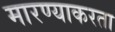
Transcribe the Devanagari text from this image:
मारण्याकरता